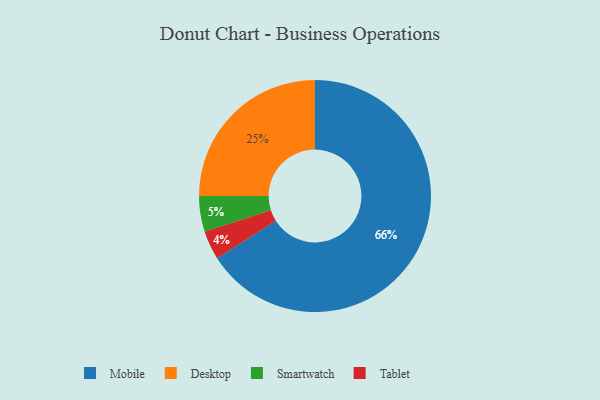
{"axis": {"x": "Category", "y": "Percentage"}, "legend": ["Desktop", "Mobile", "Smartwatch", "Tablet"], "data": [{"x": "Tablet", "y": 4, "type": "Tablet"}, {"x": "Smartwatch", "y": 5, "type": "Smartwatch"}, {"x": "Desktop", "y": 25, "type": "Desktop"}, {"x": "Mobile", "y": 66, "type": "Mobile"}]}